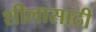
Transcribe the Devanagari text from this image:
शीलासाठी